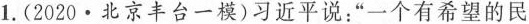
1.(2020\cdot北京丰台一模)习近平说：“一个有希望的民